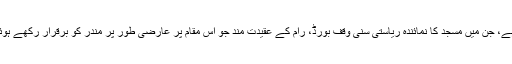
یہ مقدمہ تین فریقین کے درمیان زمین کے حقوق کا تنازع ہے، جن میں مسجد کا نمائندہ ریاستی سنی وقف بورڈ، رام کے عقیدت مند جو اس مقام پر عارضی طور پر مندر کو برقرار رکھے ہوئے ہیں اور بھگوان رام کی نمائندگی کرنے والے اعلیٰ وکلا۔